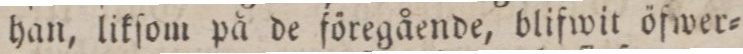
han, likſom på de föregående, blifwit öfwer=